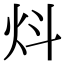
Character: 炓